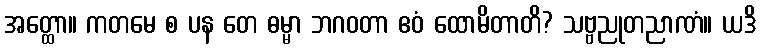
အတ္ထော။ ကတမေ စ ပန တေ ဓမ္မာ ဘဂဝတာ ဧဝံ ထောမိတာတိ? သဗ္ဗညုတညာဏံ။ ယဒိ